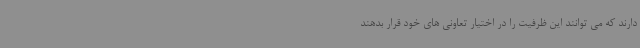
دارند که می توانند این ظرفیت را در اختیار تعاونی های خود قرار بدهند